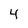
Character: 4